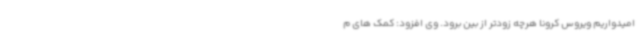
امیدواریم ویروس کرونا هرچه زودتر از بین برود. وی افزود: کمک های م